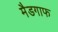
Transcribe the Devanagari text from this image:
मैडगाफ